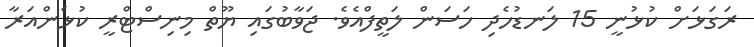
ރަގަޅަށް ކުޅުނީ 15 ލަނޑުހެދި ހަސަން ލަތީފްއެވެ. ޖަވާބުގައި ޔޫތް މިނިސްޓްރީ ކުޅެންއަރާ